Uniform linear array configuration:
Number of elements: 8
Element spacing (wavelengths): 0.75
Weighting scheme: uniform
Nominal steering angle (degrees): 30
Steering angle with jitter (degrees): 31.441
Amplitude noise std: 0.05
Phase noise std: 0.05

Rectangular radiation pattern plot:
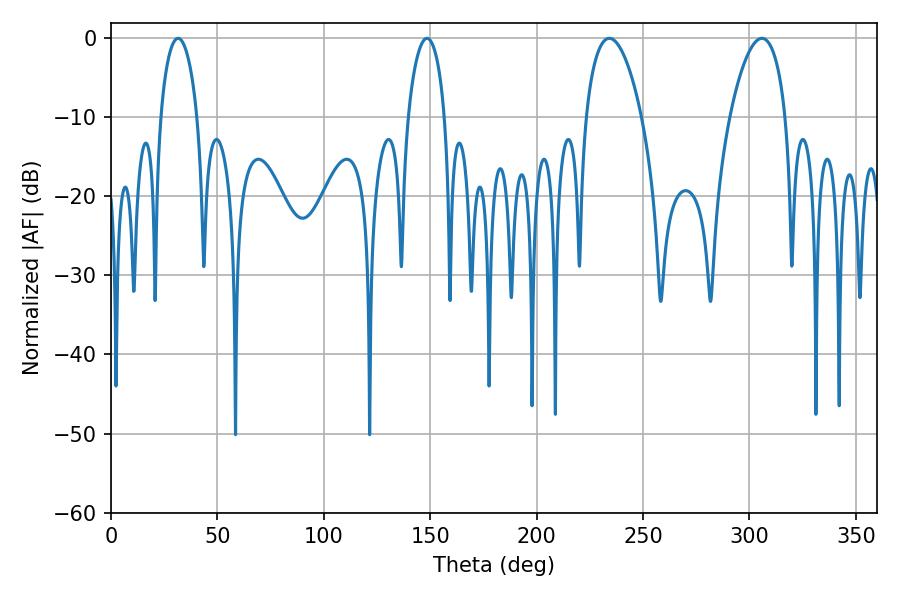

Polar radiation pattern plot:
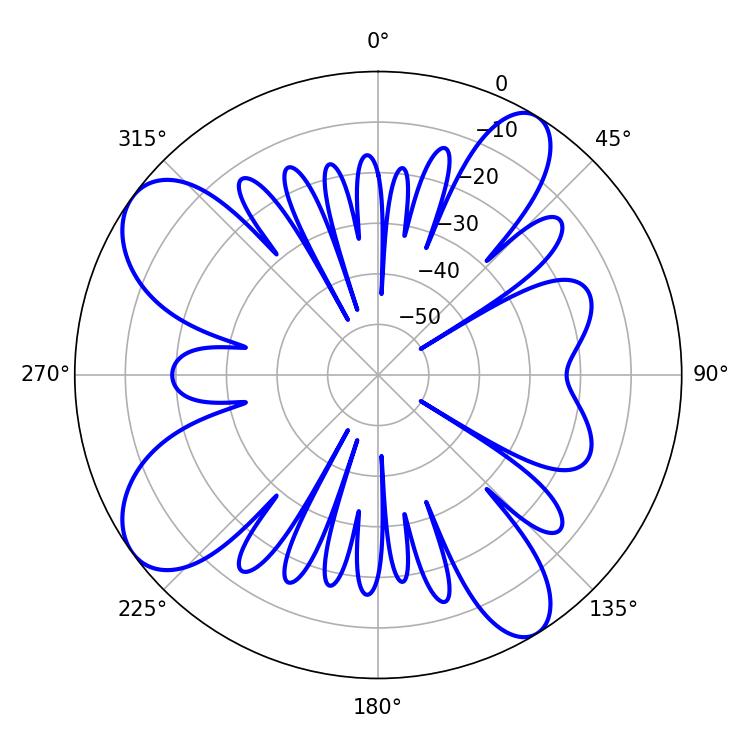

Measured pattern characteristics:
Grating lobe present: TRUE
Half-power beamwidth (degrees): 9.9
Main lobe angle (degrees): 31.5